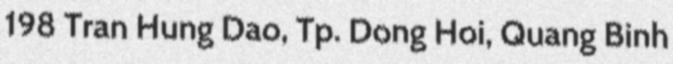
198 Tran Hung Dao, Tp. Dong Hoi, Quang Binh